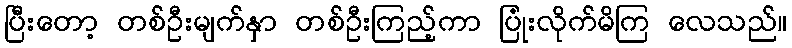
ပြီးတော့ တစ်ဦးမျက်နှာ တစ်ဦးကြည့်ကာ ပြုံးလိုက်မိကြ လေသည်။